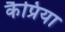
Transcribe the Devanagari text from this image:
कैप्रिया